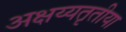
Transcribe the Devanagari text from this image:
अक्षय्यतृतीया